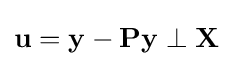
\mathbf {u} =\mathbf {y} -\mathbf {P} \mathbf {y} \perp \mathbf {X}